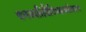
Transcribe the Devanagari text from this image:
वनस्पतिवैविध्याबरोबरच